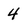
Character: 4